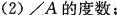
(2)∠A的度数；